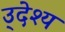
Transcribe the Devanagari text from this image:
उ्देश्य